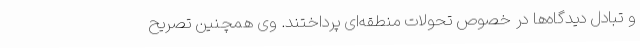
و تبادل دیدگاه‌ها در خصوص تحولات منطقه‌ای پرداختند. وی همچنین تصریح